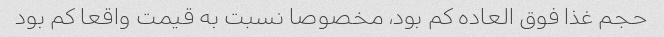
حجم غذا فوق العاده کم بود، مخصوصا نسبت به قیمت واقعا کم بود